Annual report on the health of the army in India
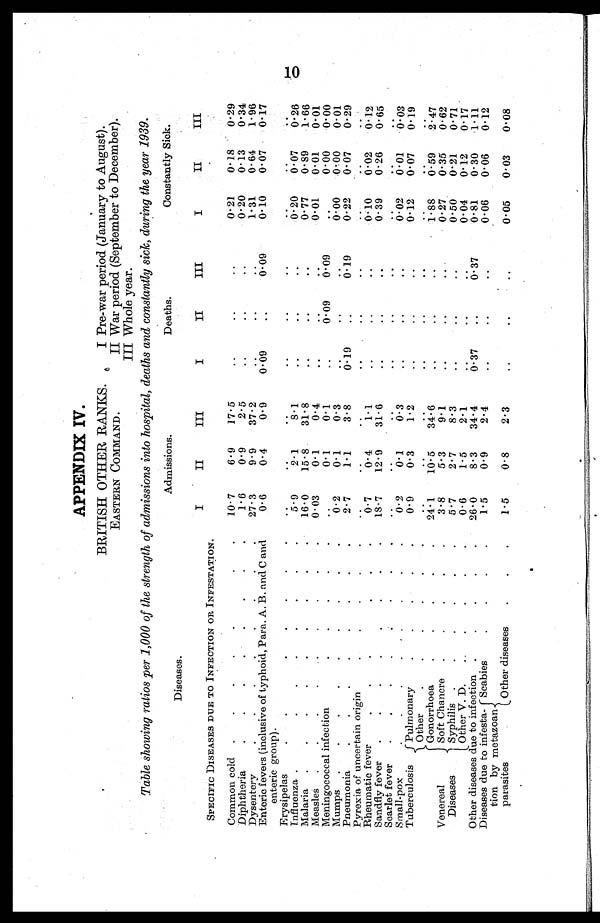
APPENDIX IV.
BRITISH OTHER RANKS.
I Pre¬war period (January to August).
EASTERN COMMAND.
II War period (September to December).
III Whole year.
Table showing ratios per 1,000 of the strength of admissions into hospital, deaths and constantly sick, during the year 1939.
Diseases.
Admissions.
Deaths.
Constantly Sick.
I
II
III
I
II
III
I
II
III
SPECIFIC DISEASES DUE TO INFECTION OR INFESTATION.
Common cold
10.7
6. 9
17.5
..
..
0.21
0.18
0.29
Diphtheria
1.6
0.9
2.5
..
..
0.20
0.13
0.34
Dysentery
27.3
9.9
37.2
..
..
..
1.31
0.64
1.96
Enteric fevers (inclusive of typhoid, Para. A. B. and C and
enteric group).
0.6
0.4
0.9
0.09
..
0.09
0.10
0.07
0.17
Erysipelas
..
..
..
..
..
..
..
..
Influenza
5.9
2.1
8.1
..
..
..
0.20
0.07
0.26
Malaria
16.0
15.8
31.8
..
..
0.77
0.89
1.66
Measles
0.03
0.1
0.4
..
..
..
0.01
0.01
0.01
Meningococcal infection
0.1
0.1
..
0.09
0.09
. .
0.00
0.00
Mumps
0.2
0.1
0.3
.
..
..
0.00
0.00
0.01
Pneumonia
2.7
1.1
3 . 8
0..19
..
0.19
0.22
0.07
0.29
Pyrexia of uncertain origin
..
..
..
..
..
..
Rheumatic fever
0.7
0.4
1.1
..
..
..
0.10
0.02
0.12
Sandfly fever
18.7
12.9
31.6
..
..
..
0.39
0.26
0.65
Scarlet fever
..
.
.
..
..
Small-pox
0.2
0.1
0.3
..
..
0.02
0.01
0.03
Tuberculosis
Pulmonary
0.9
0.3
1.2
..
..
...
0.12
0.07
0.19
Other
..
..
..
..
..
...
..
..
Venereal
Diseases
Gonorrhoea
24.1
10.5
34.6
..
. .
..
1 . 88
0.59
2.47
Soft Chancre
3.8
5.3
9.1
. .
..
..
0.27
0.35
0.62
Syphilis
5.7
2.7
8.3
. . .
..
..
0.50
0.21
0.71
Other V. D.
0.6
1.5
2.1
. .
..
..
0.04
0.12
0.17
Other diseases due to infection
26.0
8.3
34.4
0.37
..
0.37
0.81
0.30
1.11
Diseases due to infest
ation by metazoan
parasites
Scabies
1.5
0.9
2.4
..
.
..
0.06
0.06
0.12
Other diseases
1.5
0.8
2.3
..
..
..
0.05
0.03
0.08
1O